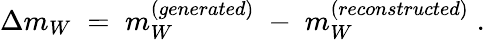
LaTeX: \Delta m_{W}\; =\; m_{W}^{(generated)}\; -\; m_{W}^{(reconstructed)}\; .